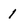
Character: 1